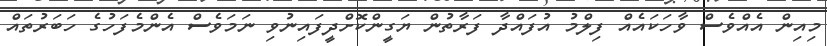
މިއިން އެއްވެސް ވާހަކައެއް ފިލްމު އުފައްދާ ފަރާތުން ޔަގީންކޮށްދީފައިނުވި ނަމަވެސް އެންމެފަހުގެ ހަބަރުތައް